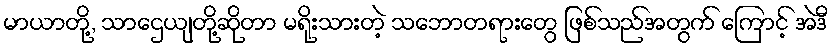
မာယာတို့, သာဌေယျတို့ဆိုတာ မရိုးသားတဲ့ သဘောတရားတွေ ဖြစ်သည်အတွက် ကြောင့် အဲဒီ